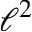
\ell ^ { 2 }